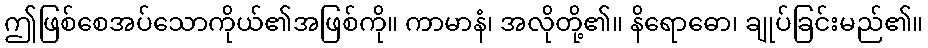
ဤဖြစ်စေအပ်သောကိုယ်၏အဖြစ်ကို။ ကာမာနံ၊ အလိုတို့၏။ နိရောဓော၊ ချုပ်ခြင်းမည်၏။